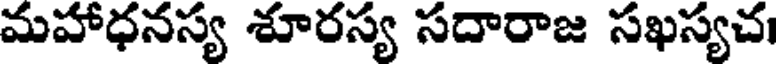
మహాధనస్య శూరస్య సదారాజ సఖస్యచ।